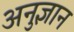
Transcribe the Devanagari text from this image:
अनुज्ञान